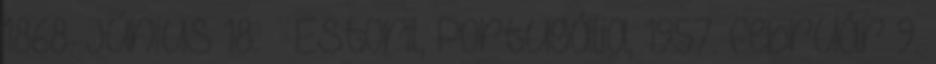
1868. június 18. – Estoril, Portugália, 1957. február 9.